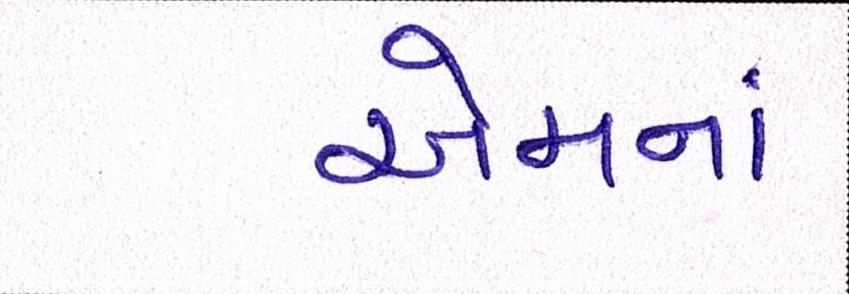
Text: એમનાં